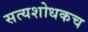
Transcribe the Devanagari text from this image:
सत्यशोधकच